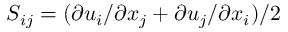
S _ { i j } = ( \partial u _ { i } / \partial x _ { j } + \partial u _ { j } / \partial x _ { i } ) / 2